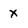
Character: X